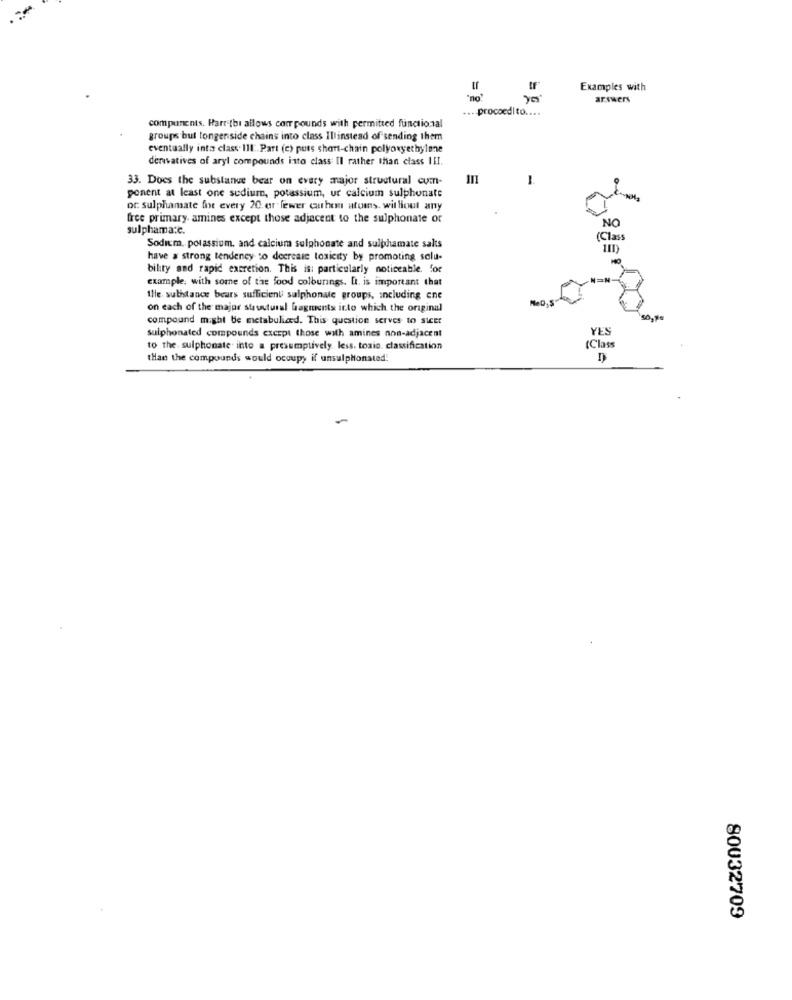
Examples with
'no'
arswers
... prococdito ....
components. Harrifbi allows com pounds with permitted functional
groups but tongenside chains into class Illinstead of sending them
eventually inta class. 111: Part (c) puss short-chain polyoxyethylene
derivatives of aryl compounds isto class Il rather than class III.
33. Does the substance bear on every major structural cum-
-
ponent at least one sedium, potassium, ur calcium sulphonate
oc sulphamate fot every 20.or fewer carbon atoms. without any
free primary amines except those adjacent to the sulphonate of
NO
sulphama:c.
(Class
Sodium, potassium, and calcium sulphonate and sulphamate salts
have a strong tendency to decrease toxicity by promoting solu-
bility and rapid excretion. This is: particularly noticeable. for
example, with some of the food colourings. L. is important that
the. sulhdance bears sufficienti sulphonale groups, Including cne
on each of the major structural Gagments into which the original
compound might be metaboliced. This question serves to sicer
50,Ps
sulphonated compounds except those with amines non-adjacent
YES
(Class
to the sulphonate into a presumptively. less. tosio. classification
than the compounds would occupy if unsulphonated:
80032709